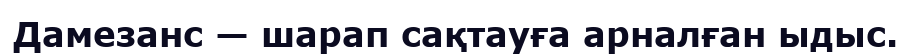
Дамезанс — шарап сақтауға арналған ыдыс.